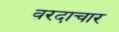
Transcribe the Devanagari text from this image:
वरदाचार